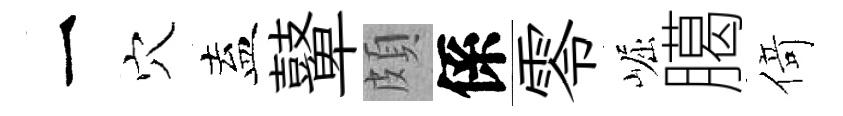
一穴盍鼙頗係零崛臈𠋣